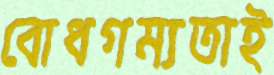
বোধগম্যতাই